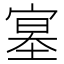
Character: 𡩳